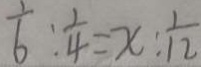
\frac { 1 } { 6 } : \frac { 1 } { 4 } = x : \frac { 1 } { 1 2 }